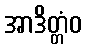
အာဒိတ္တံဝ